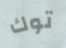
توك